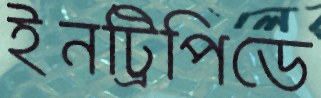
ইনট্রিপিডে